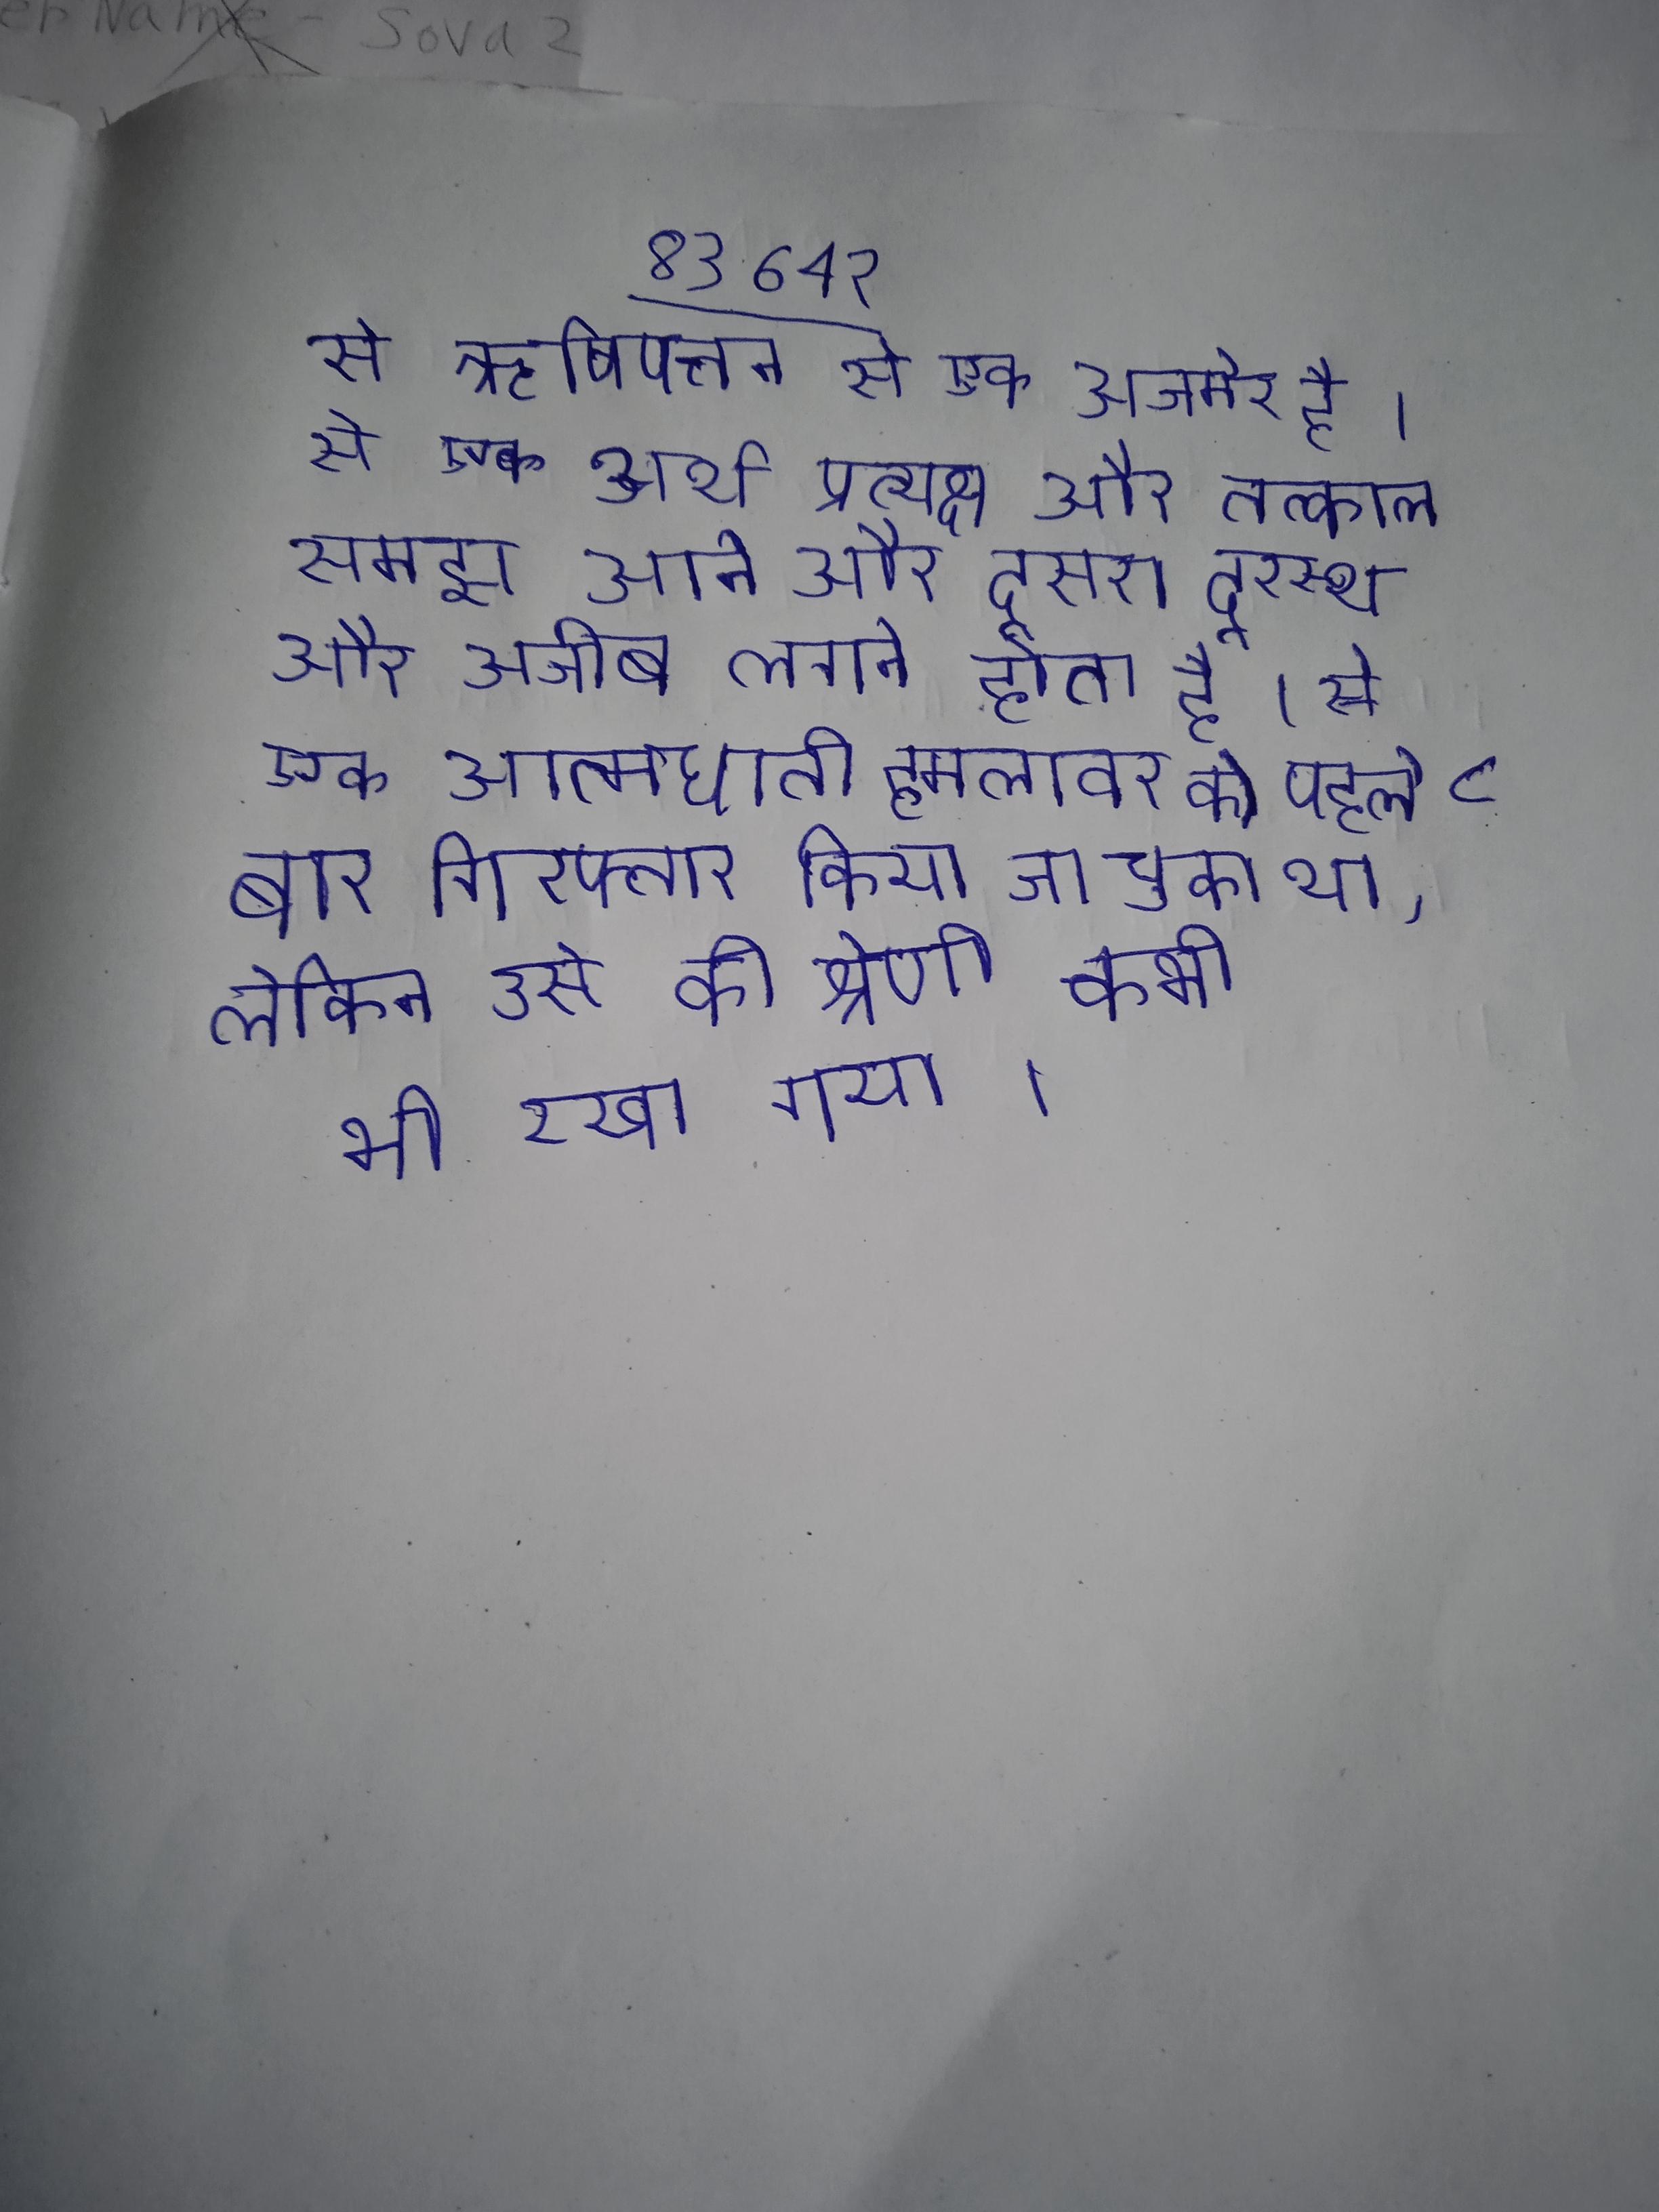
से ऋषिपत्तन से एक अजमेर है । से एक अर्थ प्रत्यक्ष और तत्काल समझ आने और दूसरा दूरस्थ और अजीब लगने होता है । से एक आत्मघाती हमलावर को पहले ८ बार गिरफ्तार किया जा चुका था, लेकिन उसे की श्रेणी कभी भी रखा गया ।